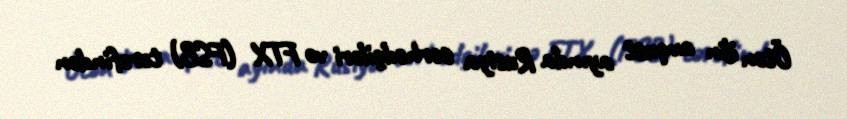
Ötən ilin avqust ayında Rusiya sərhədçiləri və FTX (FSB) tərəfindən